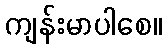
ကျန်းမာပါစေ။